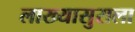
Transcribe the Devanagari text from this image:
लाख्यासुराला